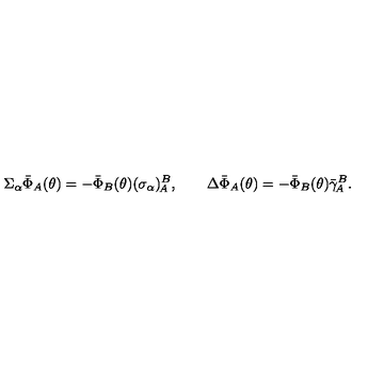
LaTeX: \Sigma _ { \alpha } \bar { \Phi } _ { A } ( \theta ) = - \bar { \Phi } _ { B } ( \theta ) ( \sigma _ { \alpha } ) _ { \! A } ^ { B } , \qquad \Delta \bar { \Phi } _ { A } ( \theta ) = - \bar { \Phi } _ { B } ( \theta ) { \bar { \gamma } } _ { \! A } ^ { B } .